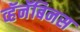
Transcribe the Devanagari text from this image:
व्हॅनॅबिनस